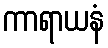
ကာရာယနံ